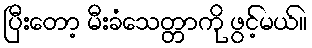
ပြီးတော့ မီးခံသေတ္တာကို ဖွင့်မယ်။